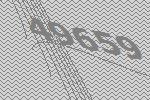
49659